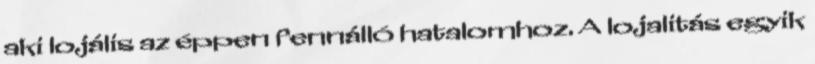
aki lojális az éppen fennálló hatalomhoz. A lojalitás egyik